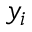
y _ { i }